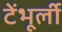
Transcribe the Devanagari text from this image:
टेंभूर्ली